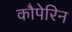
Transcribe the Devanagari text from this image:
कौपेरिन